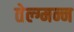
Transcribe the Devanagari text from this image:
तेल्ग्मन्न